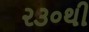
૨૩૦થી